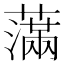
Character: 𦿭